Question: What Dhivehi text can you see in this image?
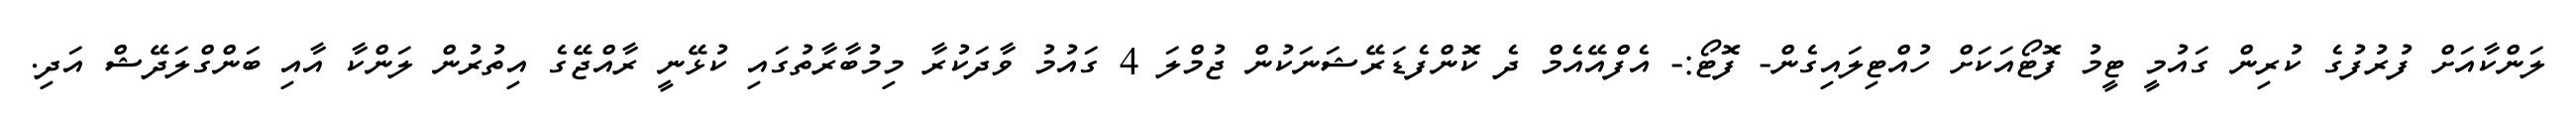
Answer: ލަންކާއަށް ފުރުފުގެ ކުރިން ގައުމީ ޓީމު ފޮޓޯއަކަށް ހުއްޓިލައިގެން- ފޮޓޯ:- އެފްއޭއެމް ދެ ކޮންފެޑަރޭޝަނަކުން ޖުމްލަ 4 ގައުމު ވާދަކުރާ މިމުބާރާތުގައި ކުޅޭނީ ރާއްޖޭގެ އިތުރުން ލަންކާ އާއި ބަންގްލަދޭޝް އަދި.